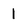
Character: 1